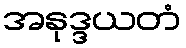
အနုဒ္ဒယတံ